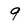
Character: 9